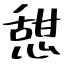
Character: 憇